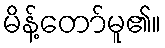
မိန့်တော်မူ၏။